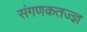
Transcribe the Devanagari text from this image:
संगणकतज्‍ज्ञ